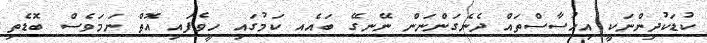
ކުޑަކުދިންނަކީ އިޙުސާސްތައް ދެނެގަންނަން ނޭނގޭ ބައެއ ކަމުގައި ހީވެފައި އޮތް ނަމަވެސް ބޮޑެތި